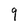
Character: q